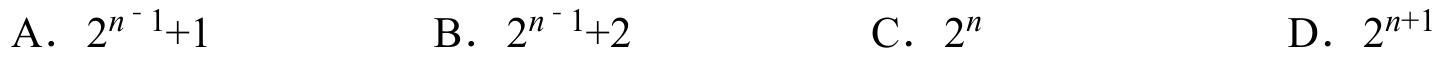
A. \(2^{n - 1}+1\)  B. \(2^{n - 1}+2\)  C. \(2^{n}\)  D. \(2^{n + 1}\)